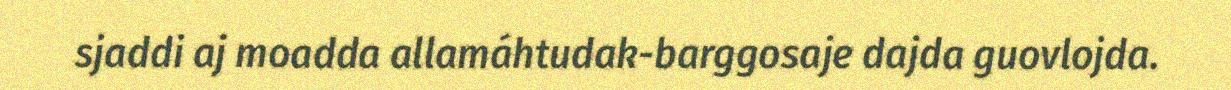
sjaddi aj moadda allamáhtudak-barggosaje dajda guovlojda.